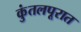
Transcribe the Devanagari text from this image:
कुंतलपूरात